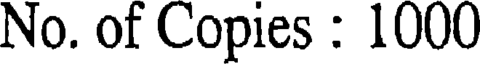
No. of Copies : 1000